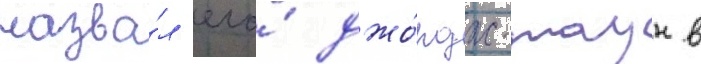
назва́л его́ джо́рдж-таун в